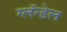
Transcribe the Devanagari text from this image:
ग्लॅन्डेल